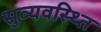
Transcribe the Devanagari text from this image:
सुव्यवस्थ्ति